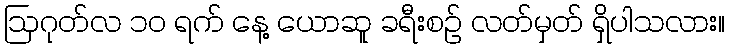
ဩဂုတ်လ ၁၀ ရက် နေ့ ယောဆူ ခရီးစဉ် လတ်မှတ် ရှိပါသလား။